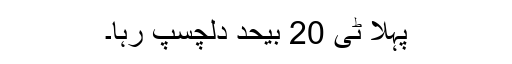
پہلا ٹی 20 بیحد دلچسپ رہا۔